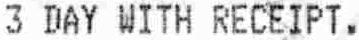
3 DAY WITH RECEIPT.